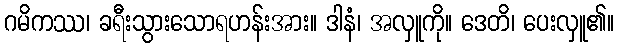
ဂမိကဿ၊ ခရီးသွားသောရဟန်းအား။ ဒါနံ၊ အလှူကို။ ဒေတိ၊ ပေးလှူ၏။